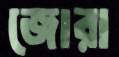
জোরা